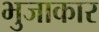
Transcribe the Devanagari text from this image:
भुजाकार